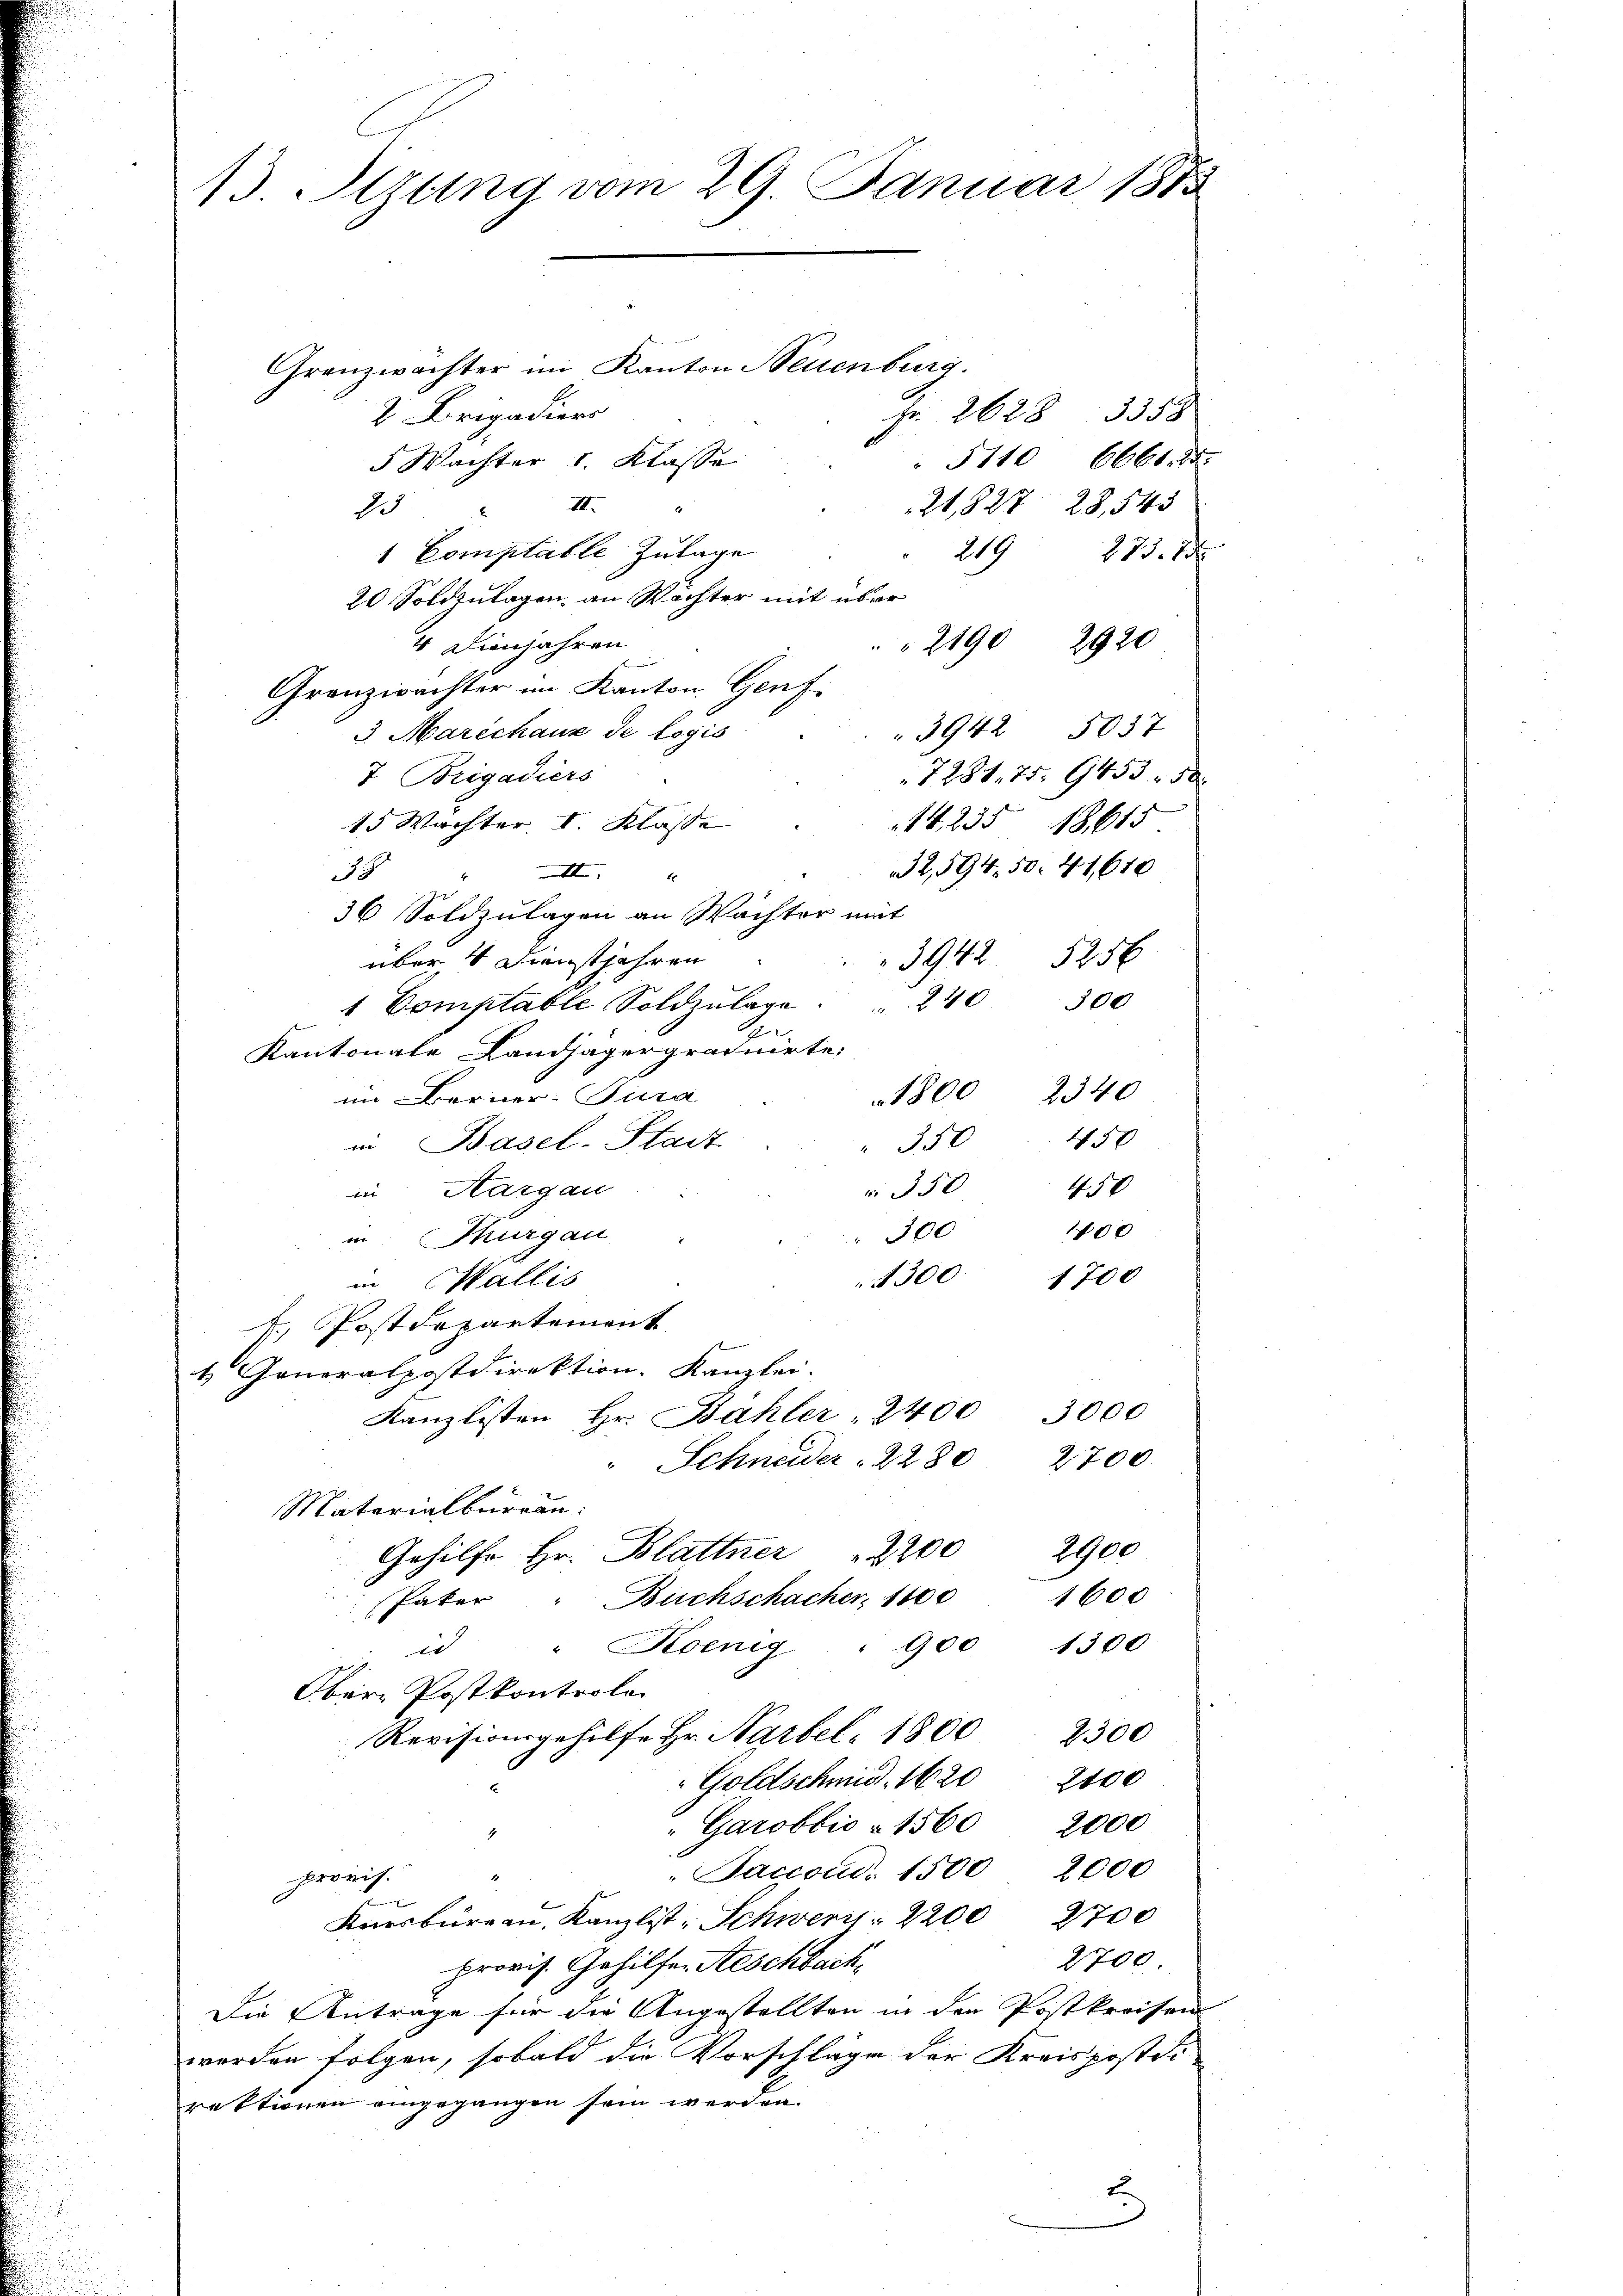
13. Sizung vom 29. Januar 1873

Granzwachter im Kanton Neuenburg.
2 Brigadiers
5 Wachter 1. Klasse
23 II
21,827 28,543
6
1 Comptable Zulage
219 275. 18
20. Soldzulagen, an Wächter mit über
4 Dienjahren
2190 2920
Granzwachter im Kanton Genf.
3942 5057
3. Marechaus de logis
7281, 75. 9453. 50
7 Brigadiers
15 Wachter I. Klasse
14. 235 18615
32,594. 50. 41,610
1
4
36 Soldzulagen an Wachter mit
3942 5256
über 4 Dienstjahren
1 Comptable Soldzŭlage . 240 300
G.
Kantonale Landjäger graduirte:
1800 2340
im Berner-Pura
450
in Basel-Stadt
350
 330 450
in Aargau
100
300
in Thurgau
1300
1700
in Wallis
J. Postdepartement
t Generalpostdirektion. Kanzlei-
3000
Kanzlisten Hr. Bähler " 2400
Schneider  2280 2700.
Materialburgau:
Gehilfe Hr. Blattner 200 2900
1600
Pater " Buchschacher, 1100
1300
900
id " Koenig
Ober Postkontrole
Revisionsgehilfe Hr. Narbel 1800 2300
" Goldschmidt. 1620 2100
"Garobbic- 1560 2000
Saccoud. 1500 2000
provis.
Kursbureau, Kanzlist. Schwerz- 2200 2700
2700
provis. Gehilfer Aeschbach,
Die Antrage für die Angestellten in den Postkreisen
werden folgen, sobald die Vorschläge der Kreispostdi
rektionen eingegangen sein werden.

Fr. 2628. 3358
5110 6661. 85.

t